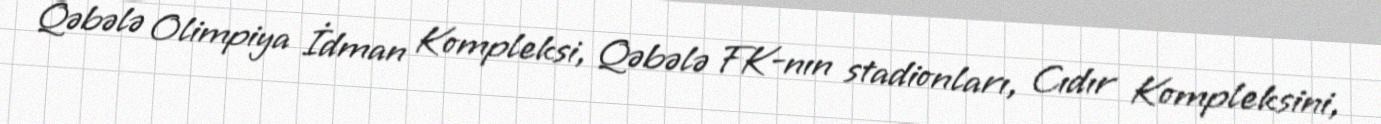
Qəbələ Olimpiya İdman Kompleksi, Qəbələ FK-nın stadionları, Cıdır Kompleksini,